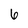
Character: 6